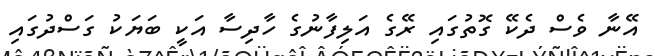
އޭނާ ވެސް ދެކޭ ގޮތުގައި ރޭގެ އަލިފާނުގެ ހާދިސާ އަކީ ބަޔަކު ގަސްދުގައި